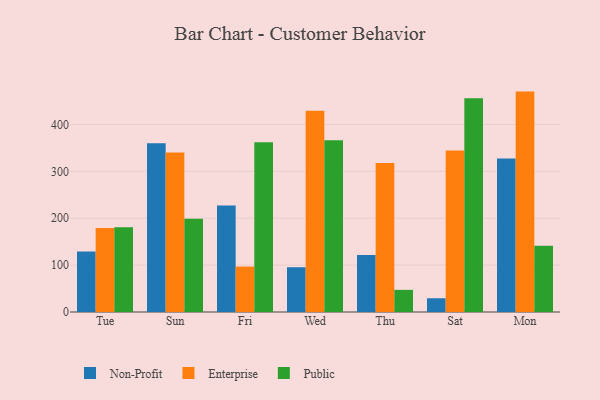
{"axis": {"x": "Day", "y": "Demand Index"}, "legend": ["Enterprise", "Non-Profit", "Public"], "data": [{"x": "Tue", "y": 129.2, "type": "Non-Profit"}, {"x": "Tue", "y": 179.2, "type": "Enterprise"}, {"x": "Tue", "y": 180.6, "type": "Public"}, {"x": "Sun", "y": 359.9, "type": "Non-Profit"}, {"x": "Sun", "y": 340.2, "type": "Enterprise"}, {"x": "Sun", "y": 198.8, "type": "Public"}, {"x": "Fri", "y": 226.9, "type": "Non-Profit"}, {"x": "Fri", "y": 96.9, "type": "Enterprise"}, {"x": "Fri", "y": 361.9, "type": "Public"}, {"x": "Wed", "y": 95.5, "type": "Non-Profit"}, {"x": "Wed", "y": 429.4, "type": "Enterprise"}, {"x": "Wed", "y": 366.1, "type": "Public"}, {"x": "Thu", "y": 121.7, "type": "Non-Profit"}, {"x": "Thu", "y": 317.6, "type": "Enterprise"}, {"x": "Thu", "y": 47.2, "type": "Public"}, {"x": "Sat", "y": 29.3, "type": "Non-Profit"}, {"x": "Sat", "y": 344.3, "type": "Enterprise"}, {"x": "Sat", "y": 456.0, "type": "Public"}, {"x": "Mon", "y": 327.1, "type": "Non-Profit"}, {"x": "Mon", "y": 470.0, "type": "Enterprise"}, {"x": "Mon", "y": 141.5, "type": "Public"}]}